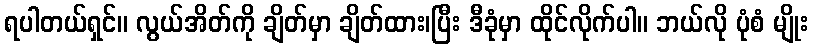
ရပါတယ်ရှင်။ လွယ်အိတ်ကို ချိတ်မှာ ချိတ်ထား၊ပြီး ဒီခုံမှာ ထိုင်လိုက်ပါ။ ဘယ်လို ပုံစံ မျိုး